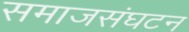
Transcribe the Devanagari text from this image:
समाजसंघटन